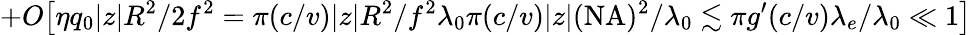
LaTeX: +O\big[\eta q_{0}|z|R^{2}/2f^{2}=\pi(c/v)|z|R^{2}/f^{2}\lambda_{0}\le\pi(c/v)|z|(\mathrm{NA})^{2}/\lambda_{0}\lesssim\pi g^{\prime}(c/v)\lambda_{e}/\lambda_{0}\ll 1\big]